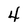
Character: 4